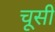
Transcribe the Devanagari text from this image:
चूसी